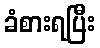
ခံစားရပြီး